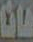
فانا